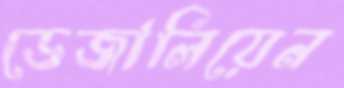
ডেজালিয়েন